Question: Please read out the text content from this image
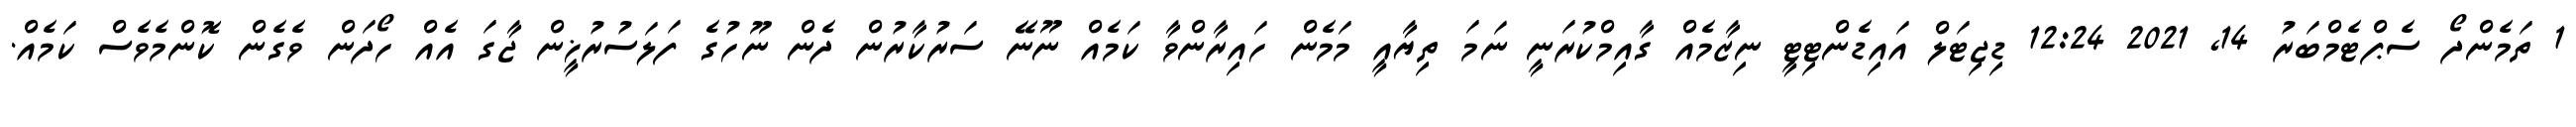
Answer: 1 ތަމެންދޯ ސެޕްޓެމްބަރު 14, 2021 12:24 ޑިޖިޓަލް އައިޑެންޓިޓީ ނިޒާމެއް ގާއިމްކުރަނީ ނަމަ ތިޔާއީ މަމެން ހައިރާންވާ ކަމެއް ނޫނޭ ސަރުކާރުން ދެން ނޫހުގެ ފަލަސުރުޚީން ޖާގަ އެއް ހޯދަން ވެގެން ކޮންމެވެސް ކަމެއް.